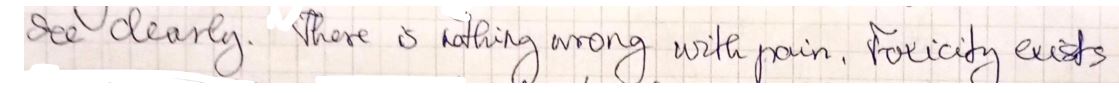
see clearly. There is nothing wrong with pain. Foracity exists